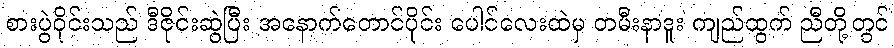
စားပွဲဝိုင်းသည် ဒီဇိုင်းဆွဲပြီး အနောက်တောင်ပိုင်း ပေါင်လေးထဲမှ တမီးနာဒူး ကျည်ထွက် ညီတို့တွင်